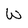
Character: W